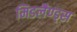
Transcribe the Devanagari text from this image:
मिडलैण्ड्स